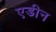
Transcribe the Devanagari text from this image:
एडीन